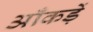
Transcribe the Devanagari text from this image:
आँकड़ें